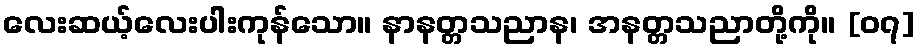
လေးဆယ့်လေးပါးကုန်သော။ နာနတ္တသညာန၊ အနတ္တသညာတို့ကို။ [၀၇]